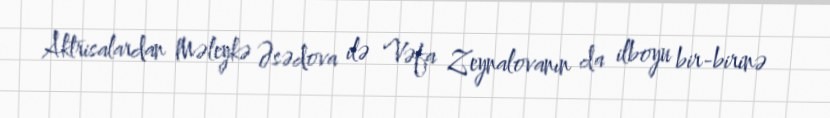
Aktrisalardan Məleykə Əsədova ilə Vəfa Zeynalovanın da ilboyu bir-birinə